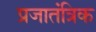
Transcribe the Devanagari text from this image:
प्रजातंत्रिक